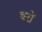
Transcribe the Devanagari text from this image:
बरों